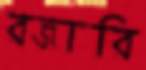
রজারি